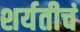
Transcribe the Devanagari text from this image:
शर्यतीचं